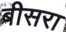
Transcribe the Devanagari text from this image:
बीसरा